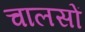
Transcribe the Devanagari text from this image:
चालसों